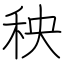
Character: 秧